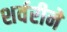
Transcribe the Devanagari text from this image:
शर्वरीने